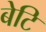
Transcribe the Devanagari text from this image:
बेटि